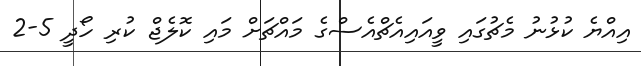
އިއްޔެ ކުޅުނު މެޗުގައި ވީއައިއެޗްއެސްގެ މައްޗަށް މައި ކޮލެޖް ކުރި ހޯދީ 5-2